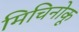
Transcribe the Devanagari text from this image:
मिचिनोकू